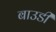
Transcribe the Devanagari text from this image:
बाउडी